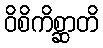
ဝိစိကိစ္ဆာတိ